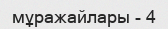
мұражайлары - 4